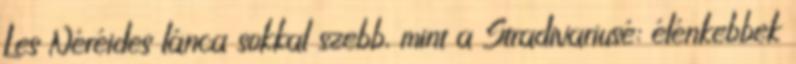
Les Néréides lánca sokkal szebb, mint a Stradivariusé: élénkebbek